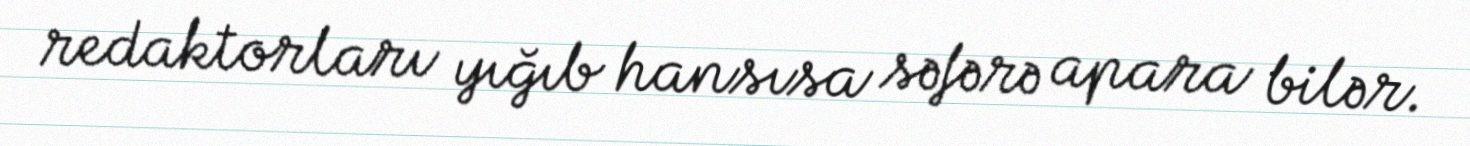
redaktorları yığıb hansısa səfərə apara bilər.